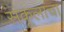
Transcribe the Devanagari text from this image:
संकूलाचा